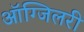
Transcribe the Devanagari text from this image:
ऑग्जिलरी